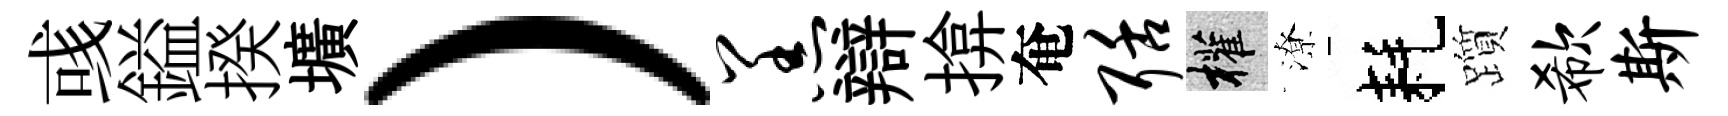
彧鎰揆壙）羔辯揜奄聒權潦耗躓欷斯